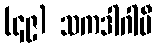
(၄၉) သကဒါဂါမီ